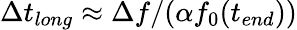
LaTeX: \Delta t_{long}\approx\Delta f/(\alpha f_{0}(t_{end}))